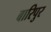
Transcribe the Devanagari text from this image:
बारिपुर